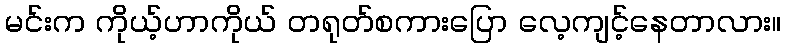
မင်းက ကိုယ့်ဟာကိုယ် တရုတ်စကားပြော လေ့ကျင့်နေတာလား။